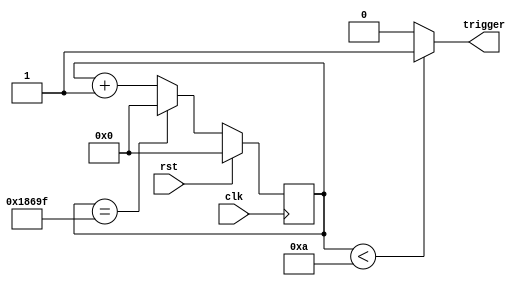
module Trigger(clk,rst,trigger);
input clk;//period : 1s. every micro second interrupt, so divide by 100. //10^6 = 1000000 = 1sec, 999990
input rst; //100ms, when 100000 => 99999
output reg trigger; // High for 10us, Low for 999990 us.

wire [20-1:0]next_count;
reg [20-1:0]count;

always@(posedge clk)begin
    if(rst) count <= 20'd0;
    else    count <= next_count;
end

always@(*)begin
    if(count < 20'd10)begin
        trigger = 1'b1;
    end
    else trigger = 1'b0;
end

assign next_count = (count == 20'd99999) ? 20'd0 : count + 20'd1;

endmodule